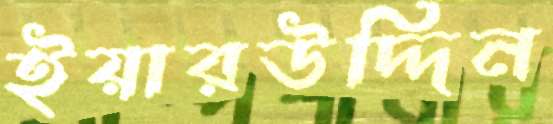
ইয়ারউদ্দিন